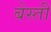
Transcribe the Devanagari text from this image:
बेस्ती